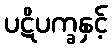
ပဋိပက္ခနှင့်